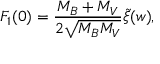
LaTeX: F _ { 1 } ( 0 ) = \frac { M _ { B } + M _ { V } } { 2 \sqrt { M _ { B } M _ { V } } } \tilde { \xi } ( w ) ,